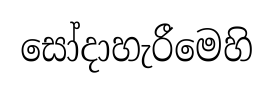
සෝදාහැරීමෙහි